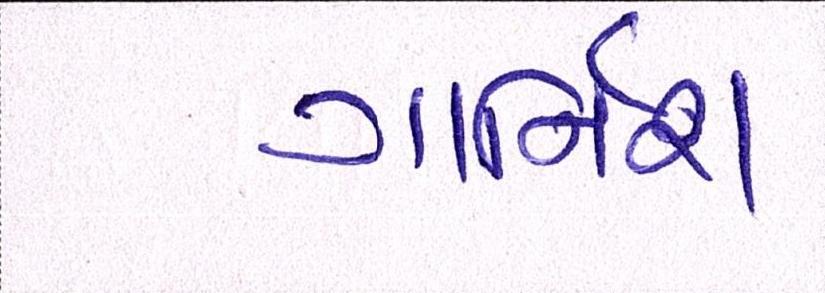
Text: ગાર્નિશ